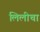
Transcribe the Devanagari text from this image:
लिलीचा